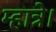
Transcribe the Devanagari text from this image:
म्हात्रे।